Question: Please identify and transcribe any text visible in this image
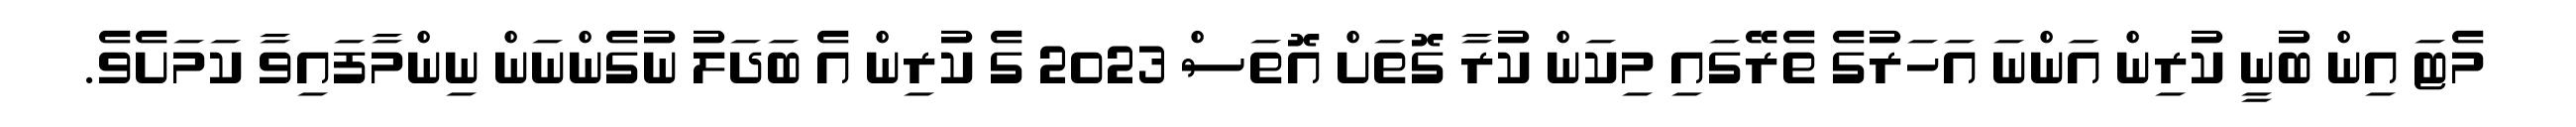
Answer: މެޓަ އިން ބުނީ ކުރިން އަންނަ އަހަރުގެ ތެރޭގައި މިކަން ކުރާ ގޮތަށް އޮތަސް 2023 ގެ ކުރިން އެ ބަދަލު ނުގެންނަން ނިންމާފައިވާ ކަމަށެވެ.